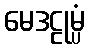
မေဒဠုမ္ပံ